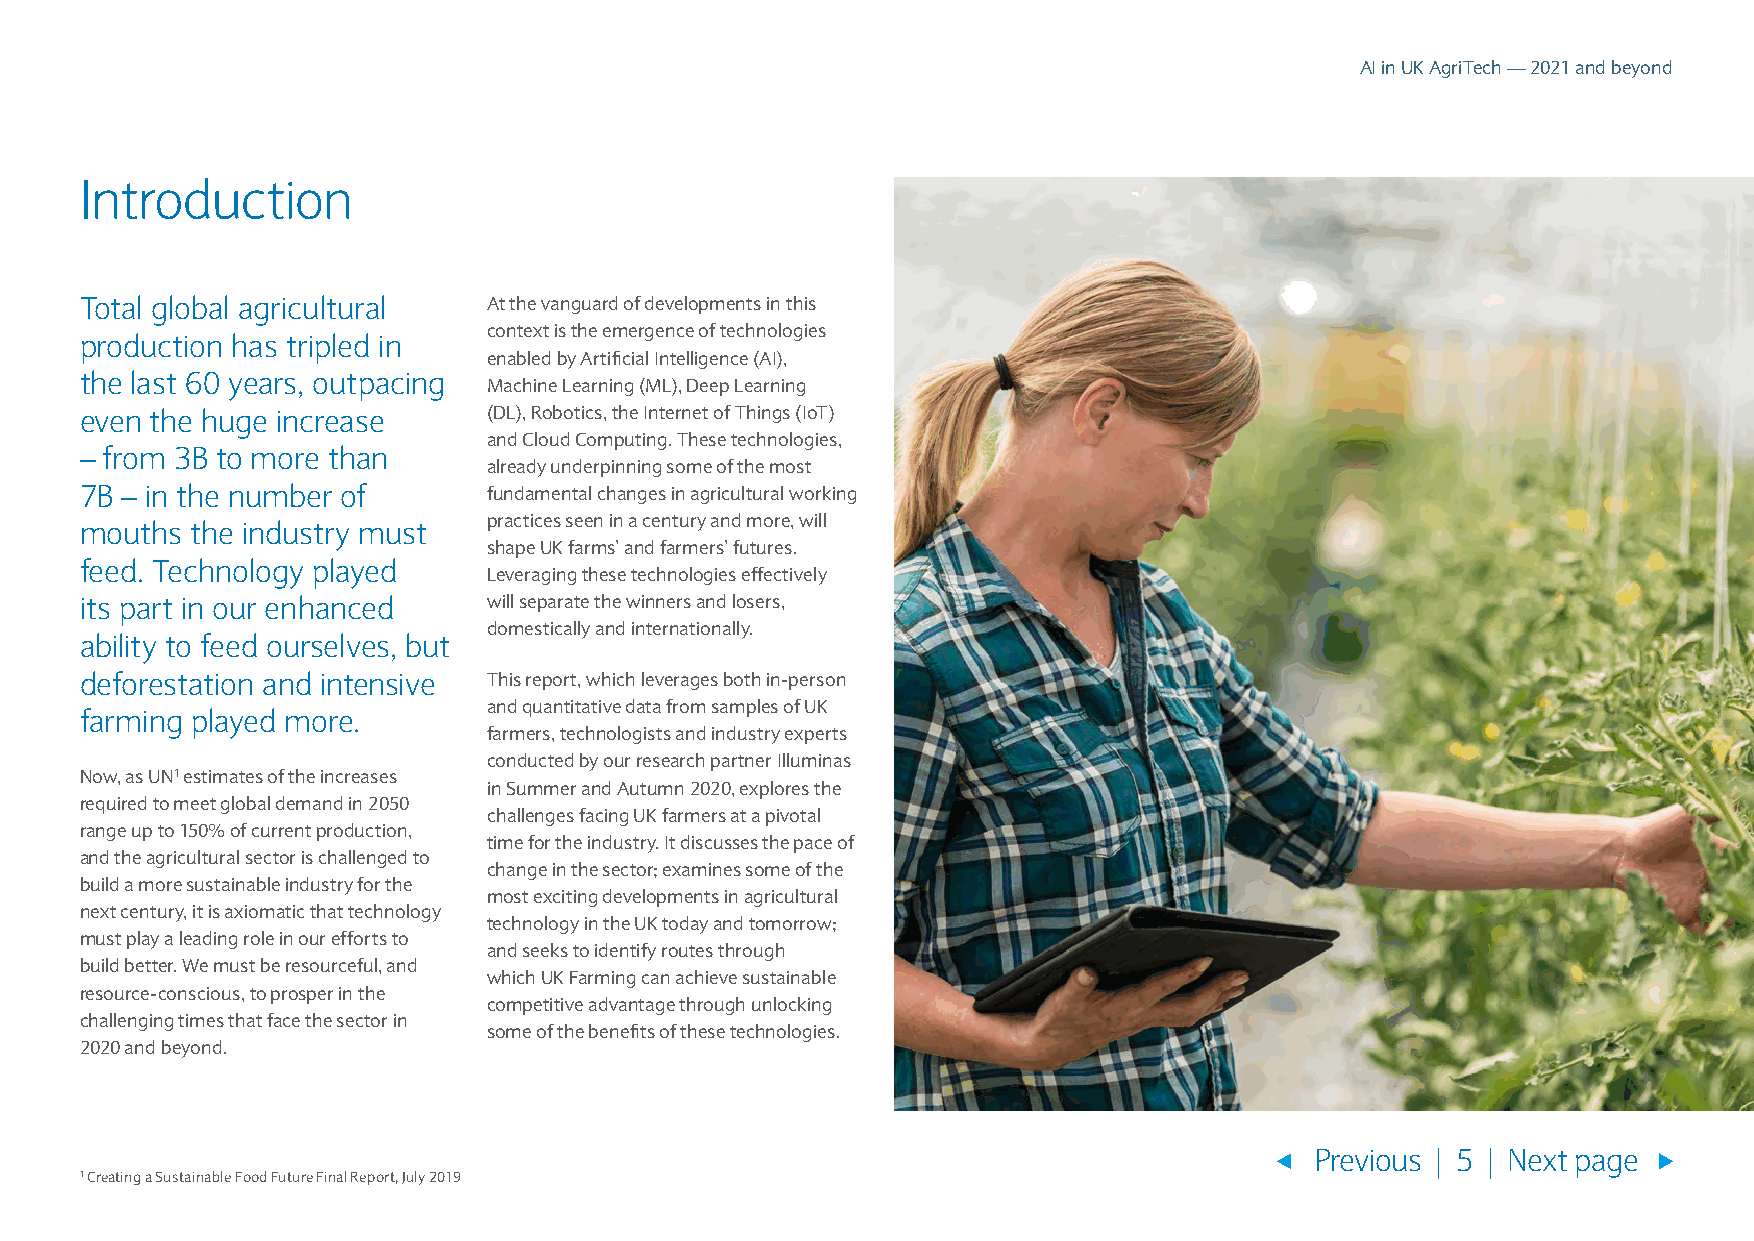
AI in UK AgriTech — 2021 and beyond
 Introduction
 Total global agricultural  At the vanguard of developments in this
 context is the emergence of technologies
 production has tripled in
 enabled by Artificial Intelligence (AI),
 the last 60 years, outpacing
 Machine Learning (ML), Deep Learning
 even the huge increase     (DL), Robotics, the Internet of Things (IoT)
 and Cloud Computing. These technologies,
 – from 3B to more than
 already underpinning some of the most
 7B – in the number of      fundamental changes in agricultural working
 practices seen in a century and more, will
 mouths  the industry must
 shape UK farms’ and farmers’ futures.
 feed. Technology played
 Leveraging these technologies effectively
 its part in our enhanced   will separate the winners and losers,
 domestically and internationally.
 ability to feed ourselves, but
 deforestation and intensive This report, which leverages both in-person
 and quantitative data from samples of UK
 farming played more.
 farmers, technologists and industry experts
 conducted by our research partner Illuminas
 Now, as UN1 estimates of the increases
 in Summer and Autumn 2020, explores the
 required to meet global demand in 2050
 challenges facing UK farmers at a pivotal
 range up to 150% of current production,
 time for the industry. It discusses the pace of
 and the agricultural sector is challenged to
 change in the sector; examines some of the
 build a more sustainable industry for the
 most exciting developments in agricultural
 next century, it is axiomatic that technology
 technology in the UK today and tomorrow;
 must play a leading role in our efforts to
 and seeks to identify routes through
 build better. We must be resourceful, and
 which UK Farming can achieve sustainable
 resource-conscious, to prosper in the
 competitive advantage through unlocking
 challenging times that face the sector in
 some of the benefits of these technologies.
 2020 and beyond.
 Previous | 5 | Next page
 1 Creating a Sustainable Food Future Final Report, July 2019